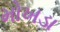
મોખડા